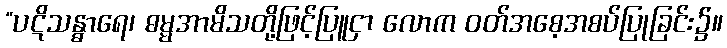
“ပဋိသန္ဓာရေ၊ ဓမ္မအာမိသတို့ဖြင့်ပြူငှာ လောက ဝတ်အစေ့အစပ်ပြုခြင်း၌။